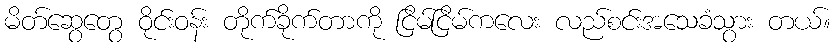
မိတ်ဆွေတွေ ဝိုင်းဝန်း တိုက်ခိုက်တာကို ငြိမ်ငြိမ်ကလေး လည်စင်းအသေခံသွား တယ်။